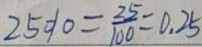
2 5 \% = \frac { 2 5 } { 1 0 0 } = 0 . 2 5